Civil Veterinary Dept. North-West Frontier Province 1933-46 - 1933-1946
Year: 1933
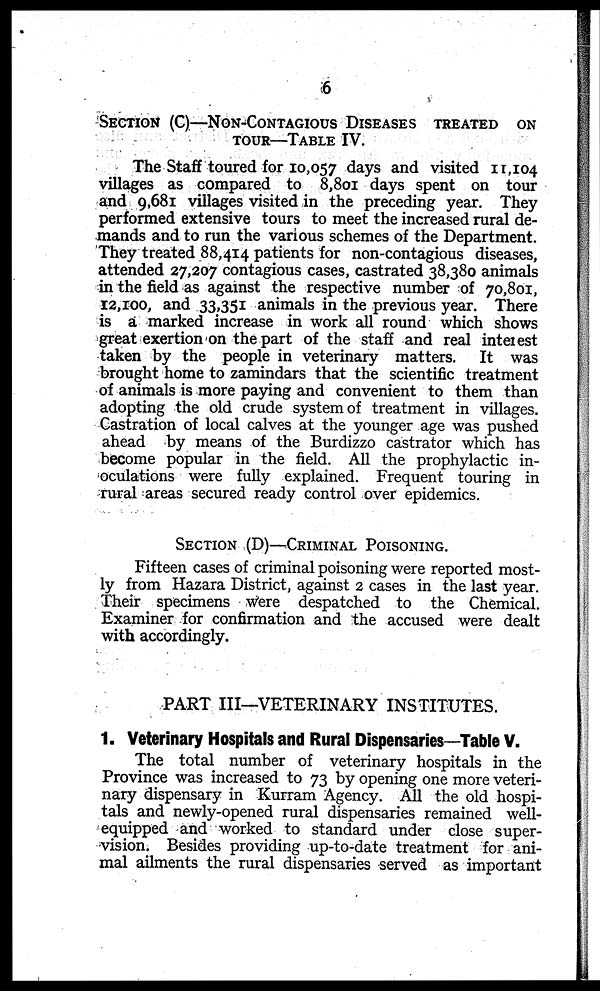
6
SECTION (C)-NON-CONTAGIOUS DISEASES TREATED ON
TOUR-TABLE IV.
The Staff toured for 10,057 days and visited 11,104
villages as compared to 8,801 days spent on tour
and 9,681 villages visited in the preceding year. They
performed extensive tours to meet the increased rural de-
mands and to run the various schemes of the Department.
They treated 88,414 patients for non-contagious diseases,
attended 27,207 contagious cases, castrated 38,380 animals
in the field as against the respective number of 70,801,
12,100, and 33,351 animals in the previous year. There
is a marked increase in work all round which shows
great exertion on the part of the staff and real interest
taken by the people in veterinary matters. It was
brought home to zamindars that the scientific treatment
of animals is more paying and convenient to them than
adopting the old crude system of treatment in villages.
Castration of local calves at the younger age was pushed
ahead by means of the Burdizzo castrator which has
become popular in the field. All the prophylactic in-
oculations were fully explained. Frequent touring in
rural areas secured ready control over epidemics.
SECTION (D)-CRIMINAL POISONING.
Fifteen cases of criminal poisoning were reported most-
ly from Hazara District, against 2 cases in the last year.
Their specimens were despatched to the Chemical.
Examiner for confirmation and the accused were dealt
with accordingly.
PART III—VETERINARY INSTITUTES.
1. Veterinary Hospitals and Rural Dispensaries—Table V.
The total number of veterinary hospitals in the
Province was increased to 73 by opening one more veteri-
nary dispensary in Kurram Agency. All the old hospi-
tals and newly-opened rural dispensaries remained well-
equipped and worked to standard under close super-
vision. Besides providing up-to-date treatment for ani-
mal ailments the rural dispensaries served as important